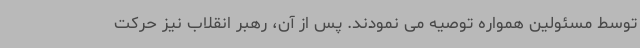
توسط مسئولین همواره توصیه می نمودند. پس از آن، رهبر انقلاب نیز حرکت